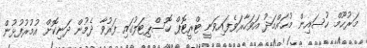
މަރުޙޫމް ހުސައިން މުޙައްމަދު އަވަހާރަވެފައިވަނީ ޓްރީޓޮޕް ހޮސްޕިޓަލުގައި ފަރުވާ ދެމުން ދަނިކޮށް އުމުރުފުޅުން